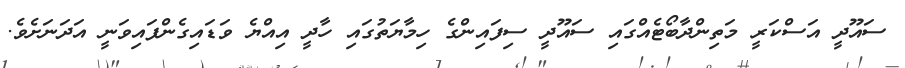
ސައޫދީ އަސްކަރީ މަތިންދާބޯޓެއްގައި ސައޫދީ ސިފައިންގެ ހިމާޔަތުގައި ހާދީ އިއްޔެ ވަޑައިގެންފައިވަނީ އަދަނަށެވެ.